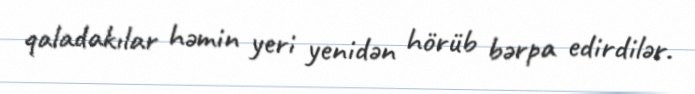
qaladakılar həmin yeri yenidən hörüb bərpa edirdilər.